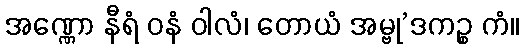
အဏ္ဏော နီရံ ဝနံ ဝါလံ၊ တောယံ အမ္ဗု’ဒကဉ္စ ကံ။